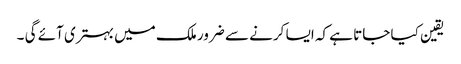
یقین کیا جاتا ہے کہ ایسا کرنے سے ضرور ملک میں بہتری آئے گی ۔